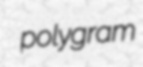
polygram